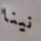
نينا